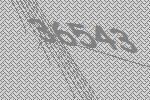
36543